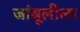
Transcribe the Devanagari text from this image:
जांबूलीला